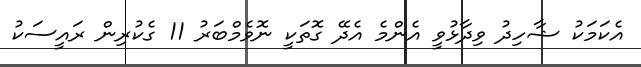
އެކަމަކު ޝާހިދު ވިދާޅުވީ އެންމެ އެދޭ ގޮތަކީ ނޮވެމްބަރު 11 ގެކުރިން ރައީސަކު